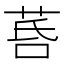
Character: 𦯚